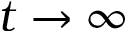
t \rightarrow \infty